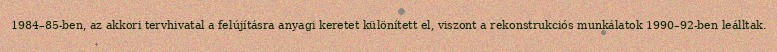
1984–85-ben, az akkori tervhivatal a felújításra anyagi keretet különített el, viszont a rekonstrukciós munkálatok 1990–92-ben leálltak.